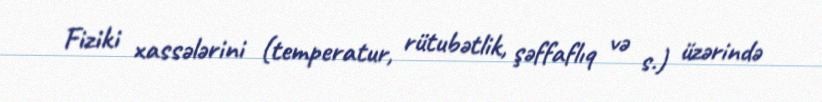
Fiziki xassələrini (temperatur, rütubətlik, şəffaflıq və s.) üzərində